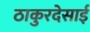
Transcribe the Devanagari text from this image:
ठाकुरदेसाई